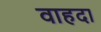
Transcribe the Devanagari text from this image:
वाहदा